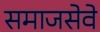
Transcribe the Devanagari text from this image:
समाजसेवे